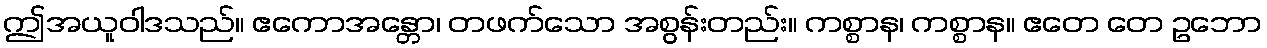
ဤအယူဝါဒသည်။ ဧကောအန္တော၊ တဖက်သော အစွန်းတည်း။ ကစ္စာန၊ ကစ္စာန။ ဧတေ တေ ဥဘော